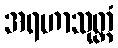
အရဟာသုတ္တံ